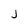
Character: j